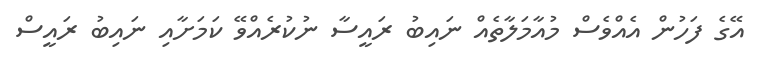
އޭގެ ފަހުން އެއްވެސް މުއާމަލާތެއް ނައިބު ރައީސާ ނުކުރެއްވޭ ކަމަށާއި ނައިބު ރައީސް